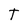
Character: T